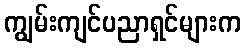
ကျွမ်းကျင်ပညာရှင်များက